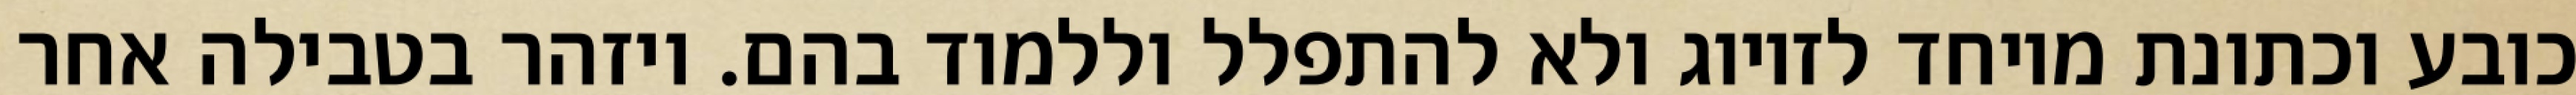
כובע וכתונת מיוחד לזיווג ולא להתפלל וללמוד בהם. ויזהר בטבילה אחר